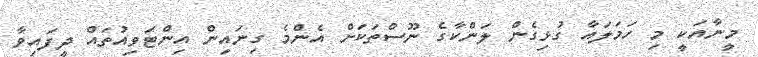
މީނާއަކީ މި ހަމަލައާ ގުޅިގެން ލަންކާގެ ނޫސްތަކަށް އެންމެ ގިނައިން އިންޓަވިއުތައް ދީފައިވާ